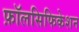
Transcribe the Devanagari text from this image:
फ़ॉलसिफिकेशन